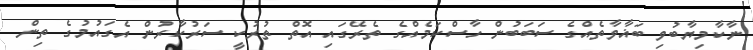
ނާކާމިޔާބުވި ބަޣާވާތެއްގެ ސަބަބުން ހާސްކަމެއްގެ ތެރޭގައި އޮތް ތުރުކީ ސަރުކާރުން އެގައުމުގެ ތިން